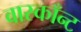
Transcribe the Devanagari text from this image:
वास्काँन्ट